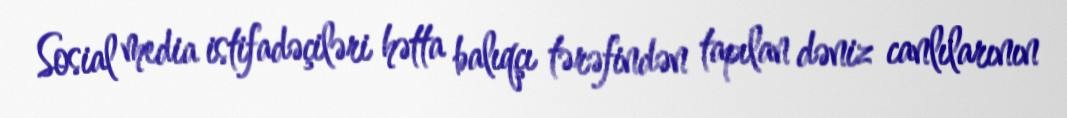
Sosial media istifadəçiləri hətta balıqçı tərəfindən tapılan dəniz canlılarının